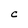
Character: C